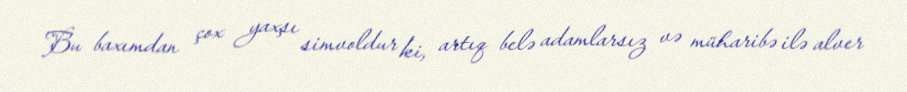
Bu baxımdan çox yaxşı simvoldur ki, artıq belə adamlarsız və müharibə ilə alver